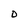
Character: D